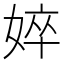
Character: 𡝵